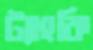
ট্যাংকি